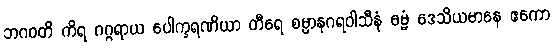
ဘဂဝတိ ကိရ ဂဂ္ဂရာယ ပေါက္ခရဏိယာ တီရေ စမ္ပာနဂရဝါသီနံ ဓမ္မံ ဒေသိယမာနေ ဧကော